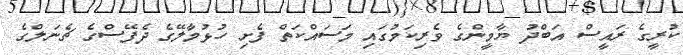
ކުރީގެ ރައީސް އަބްދު ޔާމީންގެ ވެރިކަމުގައި މަސައްކަތް ފެށި ހުޅުމާލޭގެ ދެފޭސްގެ ޗެނަލްގެ